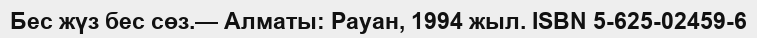
Бес жүз бес сөз.— Алматы: Рауан, 1994 жыл. ISBN 5-625-02459-6